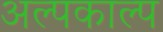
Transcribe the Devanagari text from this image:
अल्पकाल्प